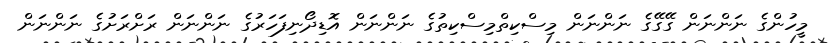
މީހުންގެ ނަންނަން ގޭގޭގެ ނަންނަން މިސްކިތްމިސްކިތުގެ ނަންނަން އޮޑިދޯނިފަހަރުގެ ނަންނަން ރަށްރަށުގެ ނަންނަން